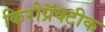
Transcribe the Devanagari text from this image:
किरोप्रॅक्टीक